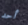
أحد